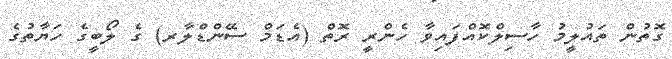
ގޮތުން ތައުލީމު ހާސިލްކޮއްފައިވާ ހެންރީ ރޮތް (އެޑަމް ސޭންޑްލާރ) ގެ ލޯބީގެ ހަޔާތުގެ